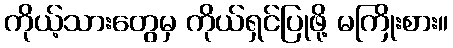
ကိုယ့်သားတွေမှ ကိုယ်ရှင်ပြုဖို့ မကြိုးစား။